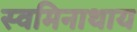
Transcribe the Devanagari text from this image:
स्वमिनाथाय